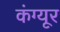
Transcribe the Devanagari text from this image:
कंग्‍यूर